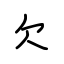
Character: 欠